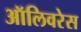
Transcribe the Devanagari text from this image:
ऑलिवरेस